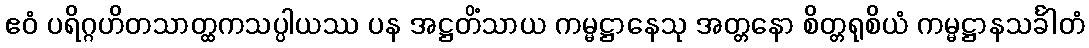
ဧဝံ ပရိဂ္ဂဟိတသာတ္ထကသပ္ပါယဿ ပန အဋ္ဌတိံသာယ ကမ္မဋ္ဌာနေသု အတ္တနော စိတ္တရုစိယံ ကမ္မဋ္ဌာနသင်္ခါတံ